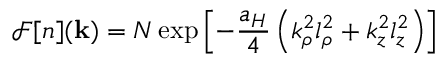
\mathcal { F } [ n ] ( \mathbf { k } ) = N \exp \left[ - \frac { a _ { H } } { 4 } \left( k _ { \rho } ^ { 2 } l _ { \rho } ^ { 2 } + k _ { z } ^ { 2 } l _ { z } ^ { 2 } \right) \right]